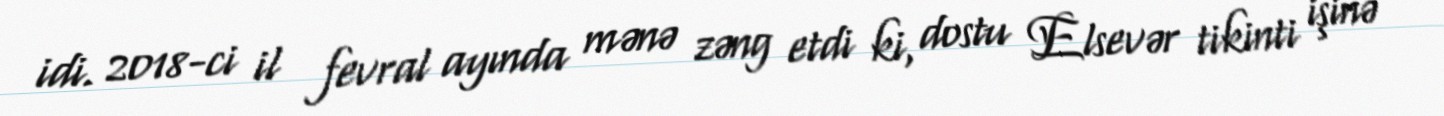
idi. 2018-ci il fevral ayında mənə zəng etdi ki, dostu Elsevər tikinti işinə